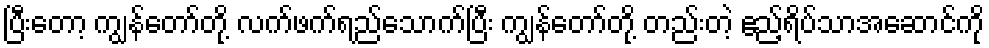
ပြီးတော့ ကျွန်တော်တို့ လက်ဖက်ရည်သောက်ပြီး ကျွန်တော်တို့ တည်းတဲ့ ဧည့်ရိပ်သာအဆောင်ကို